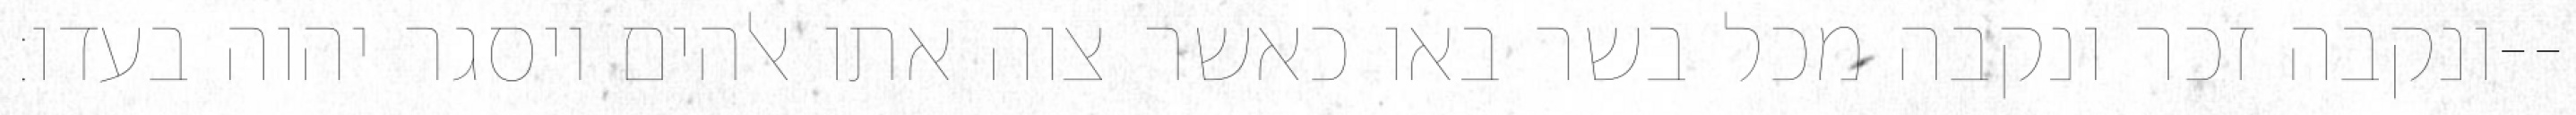
ונקבה זכר ונקבה מכל בשר באו כאשר צוה אתו אלהים ויסגר יהוה בעדו׃--